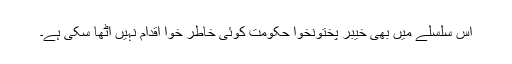
اس سلسلے میں بھی خیبر پختونخوا حکومت کوئی خاطر خوا اقدام نہیں اٹھا سکی ہے۔